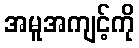
အမူအကျင့်ကို